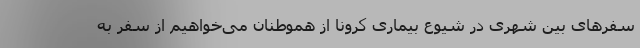
سفرهای بین شهری در شیوع بیماری کرونا از هموطنان می‌خواهیم از سفر به